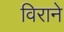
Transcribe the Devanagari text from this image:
विराने